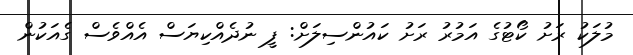
މުލަކު ރަށު ކޯޓުގެ އަމުރު ރަށު ކައުންސިލަށް: ފީ ނުދެއްކިޔަސް އެއްވެސް ގެއަކުން